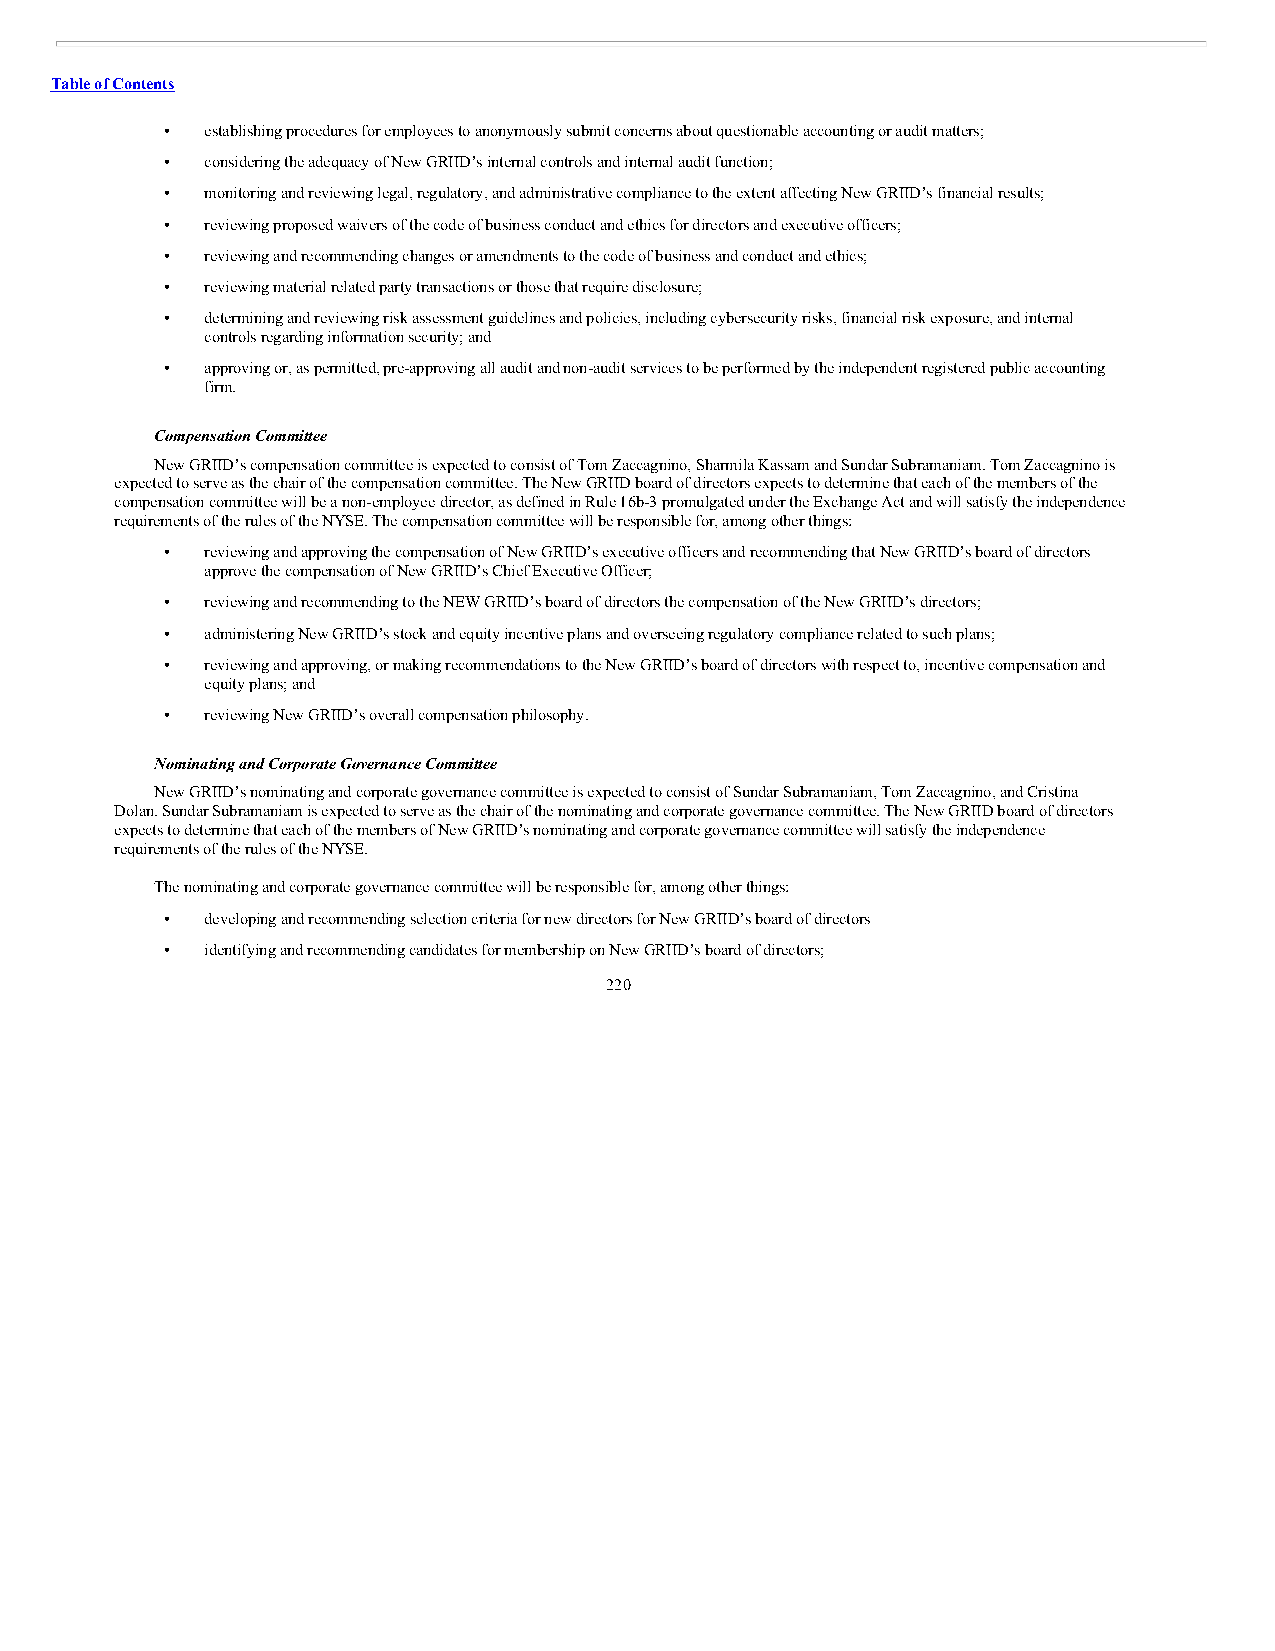
Table of Contents
 •  establishing procedures for employees to anonymously submit concerns about questionable accounting or audit matters;
 •  considering the adequacy of New GRIID’s internal controls and internal audit function;
 •  monitoring and reviewing legal, regulatory, and administrative compliance to the extent affecting New GRIID’s financial results;
 •  reviewing proposed waivers of the code of business conduct and ethics for directors and executive officers;
 •  reviewing and recommending changes or amendments to the code of business and conduct and ethics;
 •  reviewing material related party transactions or those that require disclosure;
 •  determining and reviewing risk assessment guidelines and policies, including cybersecurity risks, financial risk exposure, and internal
 controls regarding information security; and
 •  approving or, as permitted, pre-approving all audit and non-audit services to be performed by the independent registered public accounting
 firm.
 Compensation Committee
 New GRIID’s compensation committee is expected to consist of Tom Zaccagnino, Sharmila Kassam and Sundar Subramaniam. Tom Zaccagnino is
 expected to serve as the chair of the compensation committee. The New GRIID board of directors expects to determine that each of the members of the
 compensation committee will be a non-employee director, as defined in Rule 16b-3 promulgated under the Exchange Act and will satisfy the independence
 requirements of the rules of the NYSE. The compensation committee will be responsible for, among other things:
 •  reviewing and approving the compensation of New GRIID’s executive officers and recommending that New GRIID’s board of directors
 approve the compensation of New GRIID’s Chief Executive Officer;
 •  reviewing and recommending to the NEW GRIID’s board of directors the compensation of the New GRIID’s directors;
 •  administering New GRIID’s stock and equity incentive plans and overseeing regulatory compliance related to such plans;
 •  reviewing and approving, or making recommendations to the New GRIID’s board of directors with respect to, incentive compensation and
 equity plans; and
 •  reviewing New GRIID’s overall compensation philosophy.
 Nominating and Corporate Governance Committee
 New GRIID’s nominating and corporate governance committee is expected to consist of Sundar Subramaniam, Tom Zaccagnino, and Cristina
 Dolan. Sundar Subramaniam is expected to serve as the chair of the nominating and corporate governance committee. The New GRIID board of directors
 expects to determine that each of the members of New GRIID’s nominating and corporate governance committee will satisfy the independence
 requirements of the rules of the NYSE.
 The nominating and corporate governance committee will be responsible for, among other things:
 •  developing and recommending selection criteria for new directors for New GRIID’s board of directors
 •  identifying and recommending candidates for membership on New GRIID’s board of directors;
 220